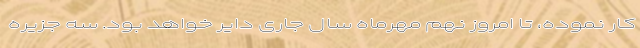
کار نموده، تا امروز نهم مهرماه سال جاری دایر خواهد بود. سه جزیره